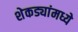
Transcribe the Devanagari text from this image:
शेकड्यांमध्ये